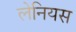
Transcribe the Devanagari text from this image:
लेनियस